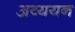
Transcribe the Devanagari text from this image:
अव्ययन